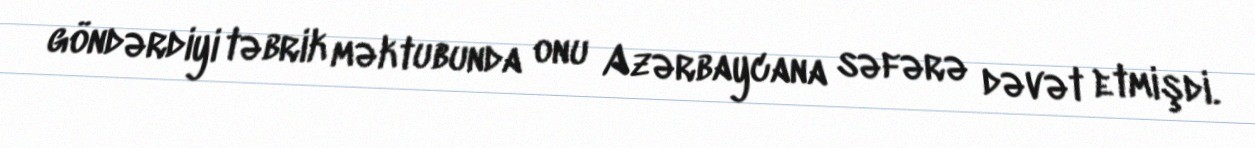
göndərdiyi təbrik məktubunda onu Azərbaycana səfərə dəvət etmişdi.